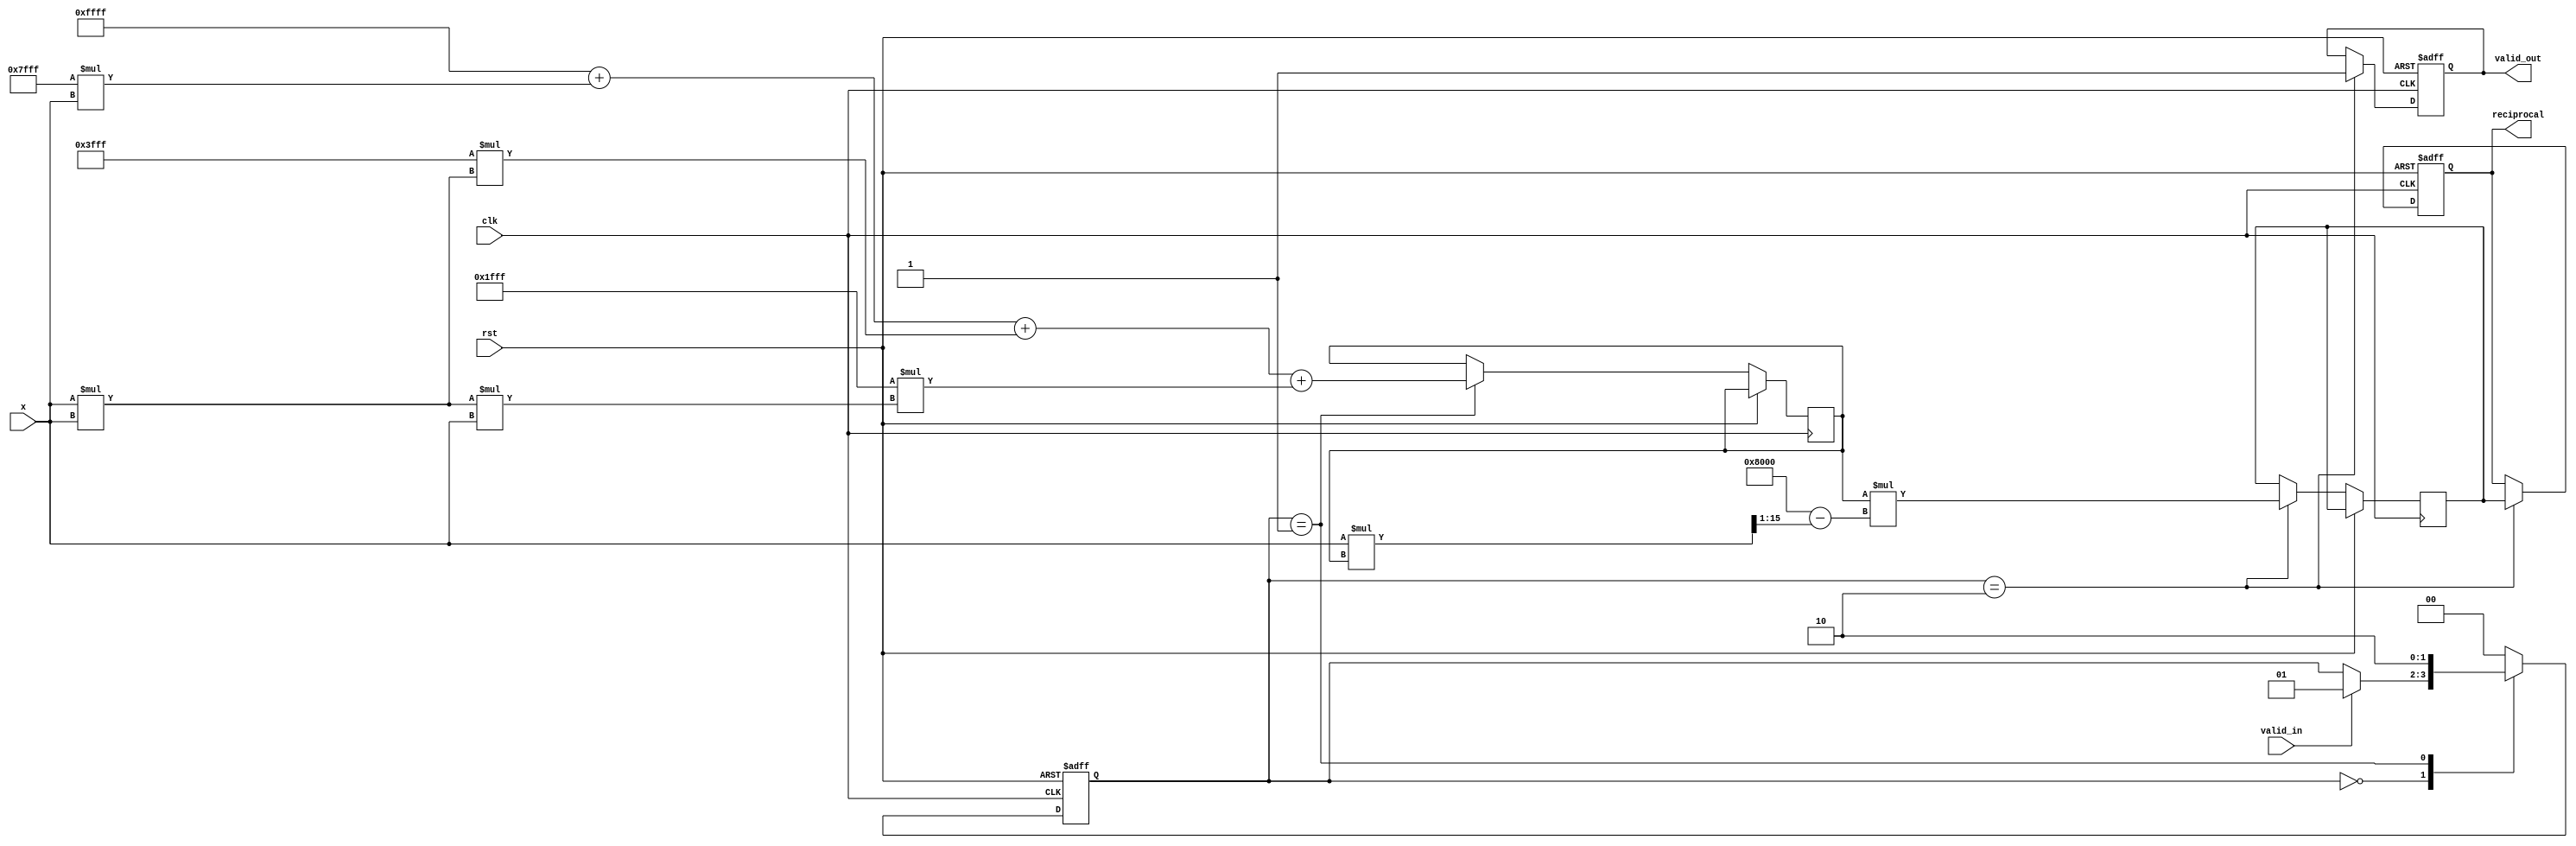
module Polynomial_Approximation_Reciprocal #(
    parameter N = 16,  // Input width
    parameter M = 16,  // Output width
    parameter K = 3    // Degree of polynomial
)(
    input wire clk,
    input wire rst,
    input wire valid_in,
    input wire [N-1:0] x,  // Input value in range [0, 1]
    output reg valid_out,
    output reg [M-1:0] reciprocal // Output reciprocal
);

    // Polynomial coefficients for approximation R(x)
    // Example coefficients for a simple polynomial approximation
    localparam [M-1:0] a0 = 16'hFFFF; // Example coefficient a0
    localparam [M-1:0] a1 = 16'h7FFF; // Example coefficient a1
    localparam [M-1:0] a2 = 16'h3FFF; // Example coefficient a2
    localparam [M-1:0] a3 = 16'h1FFF; // Example coefficient a3

    // Intermediate variables
    reg [M-1:0] approx;
    reg [M-1:0] refined;
    reg [M-1:0] x_squared;

    // Control signals
    reg [1:0] state;
    localparam IDLE = 2'b00, APPROXIMATE = 2'b01, REFINE = 2'b10;

    // State machine for processing
    always @(posedge clk or posedge rst) begin
        if (rst) begin
            state <= IDLE;
            valid_out <= 0;
            reciprocal <= 0;
        end else begin
            case (state)
                IDLE: begin
                    if (valid_in) begin
                        state <= APPROXIMATE;
                    end
                end
                
                APPROXIMATE: begin
                    // Polynomial approximation
                    approx <= a0 + (a1 * x) + (a2 * (x * x)) + (a3 * (x * x * x));
                    state <= REFINE;
                end
                
                REFINE: begin
                    // Newton-Raphson refinement
                    // R(x) = R(x) * (2 - x * R(x))
                    refined <= approx * (16'h8000 - (x * approx >> 1)); // 16'h8000 is 1.0 in fixed-point
                    reciprocal <= refined;
                    valid_out <= 1;
                    state <= IDLE;
                end
                
                default: state <= IDLE;
            endcase
        end
    end

endmodule